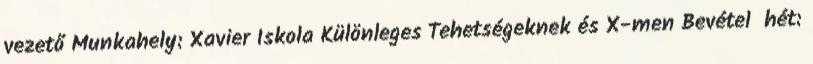
vezető Munkahely: Xavier Iskola Különleges Tehetségeknek és X-men Bevétel hét: